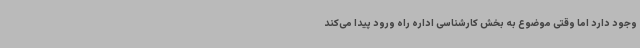
وجود دارد اما وقتی موضوع به بخش کارشناسی اداره راه ورود پیدا می‌کند